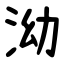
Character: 泑